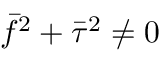
\bar { f } ^ { 2 } + \bar { \tau } ^ { 2 } \neq 0